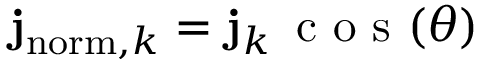
\mathbf { j } _ { \mathrm { n o r m } , k } = \mathbf { j } _ { k } \, \mathrm { ~ c ~ o ~ s ~ } ( \theta )